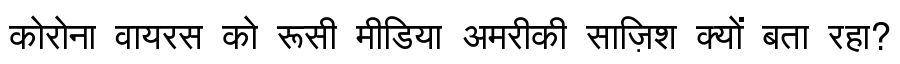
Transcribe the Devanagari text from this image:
कोरोना वायरस को रूसी मीडिया अमरीकी साज़िश क्यों बता रहा?